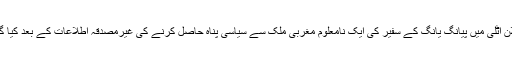
یہ اعلان اٹلی میں پیانگ یانگ کے سفیر کی ایک نامعلوم مغربی ملک سے سیاسی پناہ حاصل کرنے کی غیرمصدقہ اطلاعات کے بعد کیا گیا ہے۔